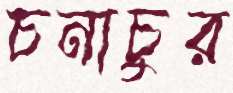
চনাচুর